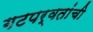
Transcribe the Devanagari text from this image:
गटपर्वतांची